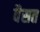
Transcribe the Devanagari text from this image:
वैसत